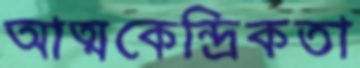
আত্মকেন্দ্রিকতা